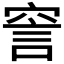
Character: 𧦱